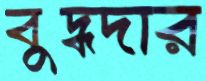
বুদ্ধদার